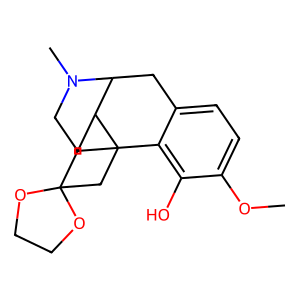
SMILES: COc1ccc2c(c1O)C13CCN(C)C(C2)C1CCC1(C3)OCCO1
Inhibits HIV replication: No